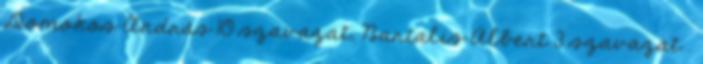
Domokos András 10 szavazat, Bartalis Albert 3 szavazat .